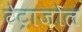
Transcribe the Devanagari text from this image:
टेट्राज़ोल